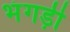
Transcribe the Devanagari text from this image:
भंगड़ी